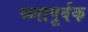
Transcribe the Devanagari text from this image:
ध्य्नापूर्वक